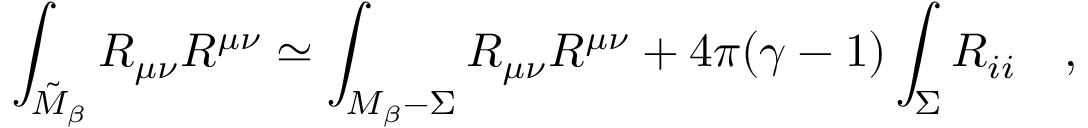
\int _ { \tilde { \cal M } _ { \beta } } R _ { \mu \nu } R ^ { \mu \nu } \simeq \int _ { { \cal M } _ { \beta } - \Sigma } R _ { \mu \nu } R ^ { \mu \nu } + 4 \pi ( \gamma - 1 ) \int _ { \Sigma } R _ { i i } ~ ~ ~ ,